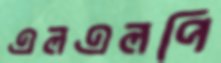
এলএলপি